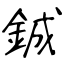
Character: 鋮